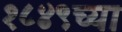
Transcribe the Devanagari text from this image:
१८४९च्या